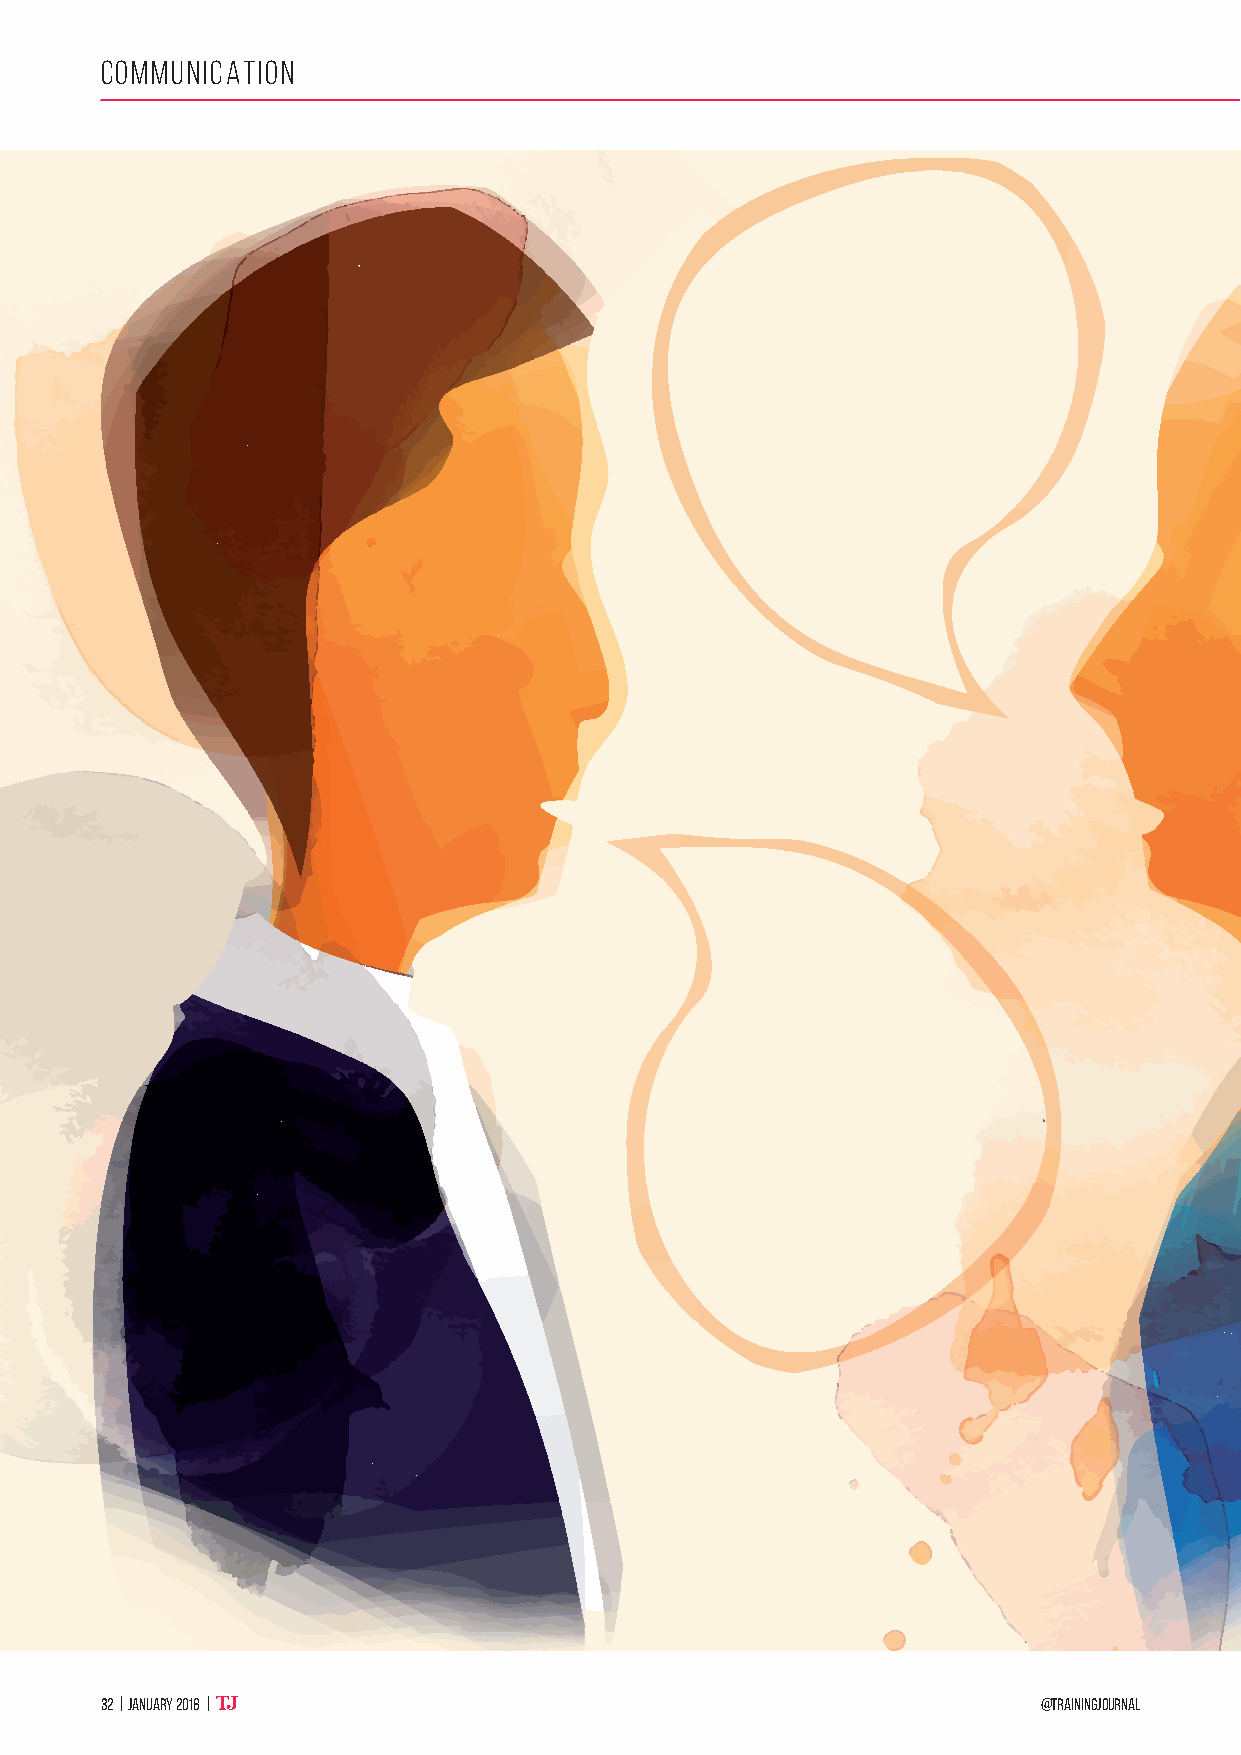
CommuniCation
 32 | January 2018 |                                           @TrainingJournal
 32-35 TJ Yates SUBBED.indd 32                                           19/12/2017 15:05:04